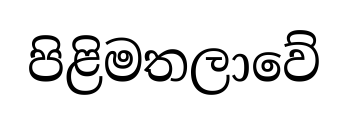
පිළිමතලාවේ